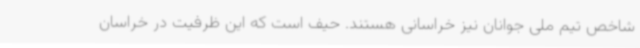
شاخص تیم ملی جوانان نیز خراسانی هستند. حیف است که این ظرفیت در خراسان